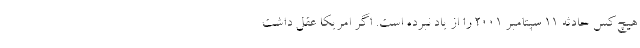
هيچ‌كس حادثه 11 سپتامبر 2001 را از ياد نبرده است. اگر امريكا عقل داشت